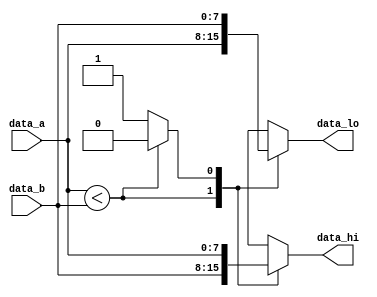
`define DEBUG

module node
#(
    parameter DATA_WIDTH = 8,
    parameter LOW_MUX = 1, // disable low output
    parameter HI_MUX = 1 // disable hight output
)(
    input [DATA_WIDTH-1:0] data_a,
    input [DATA_WIDTH-1:0] data_b,

    output reg [DATA_WIDTH-1:0] data_hi,
    output reg [DATA_WIDTH-1:0] data_lo
);


    reg sel0;

    always @(*)
    begin : comparator
        if(data_a < data_b) begin
            sel0 = 1'b0; // data_a : lo / data_b : hi
        end else begin
            sel0 = 1'b1; // data_b : lo / data_a : hi
        end
    end


    always @(*)
    begin : mux_lo_hi
        case (sel0)
            1'b0 :
            begin
                if(LOW_MUX == 1)
                    data_lo = data_a;
                if(HI_MUX == 1)
                    data_hi = data_b;
            end
            1'b1 :
            begin
                if(LOW_MUX == 1)
                    data_lo = data_b;
                if(HI_MUX == 1)
                    data_hi = data_a;
            end
            default :
            begin
                data_lo = {DATA_WIDTH{1'b0}};
                data_hi = {DATA_WIDTH{1'b0}};
            end
        endcase
    end

endmodule/* --------------------------------------------------------------------------------